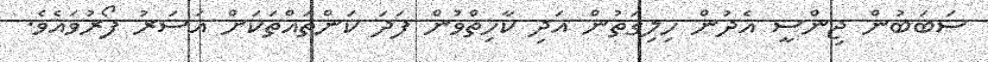
ސަބަބުން ޖިންސީ އެދުން ހިލިގަތުން އަދި ކާހިތްވުން ފަދަ ކަންތައްތަކަށް އަސަރު ފޯރުވައެވެ.